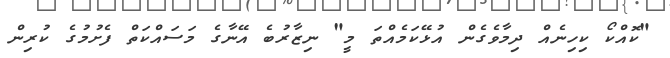
"ކޮއްކޯ ކިހިނެއް ދިމާވެގެން އުޅޭކަމެއްތަ މީ" ނިޒާރުބެ އޭނާގެ މަސައްކަތް ފެށުމުގެ ކުރިން